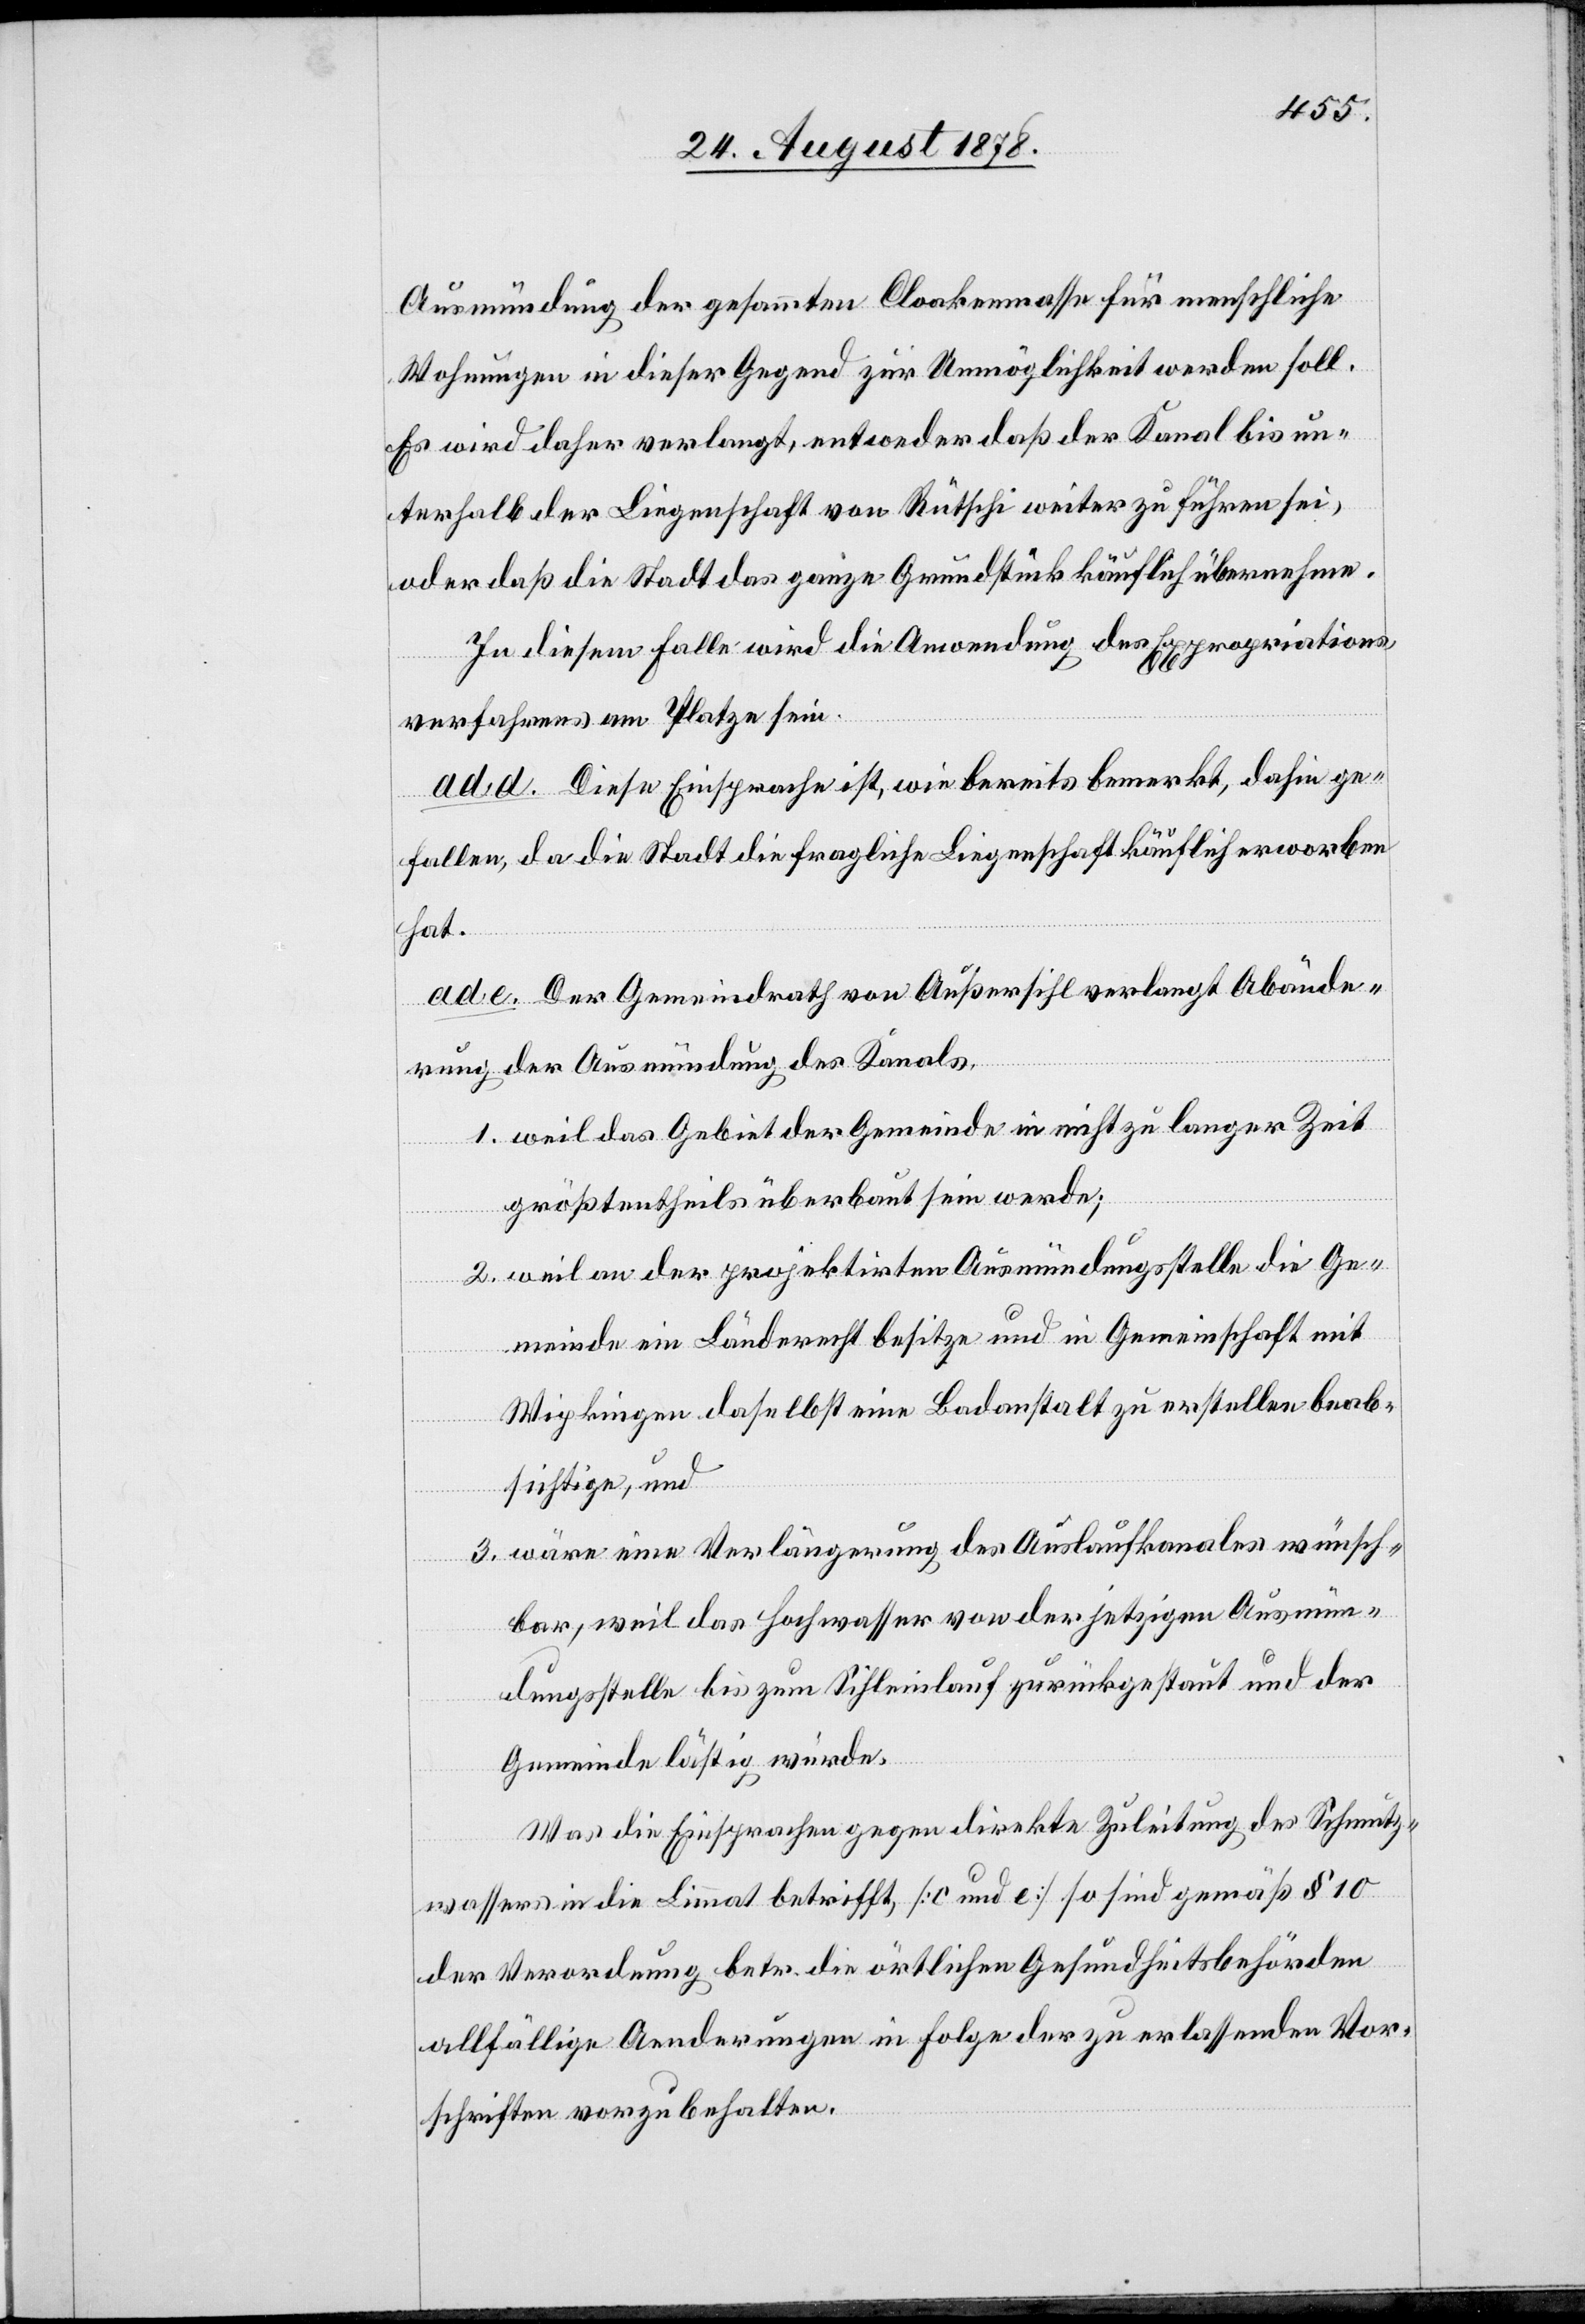
Ausmündung der gesammten Cloakenmasse für menschliche
Wohnungen in dieser Gegend zur Unmöglichkeit werden soll.
Es wird daher verlangt, entweder daß der Kanal bis un¬
terhalb der Liegenschaft von Rütschi weiter zu führen sei,
oder daß die Stadt das ganze Grundstück käuflich übernehme.
In diesem Falle wird die Anwendung des Expropriations¬
verfahrens am Platze sein.
ad d. Diese Einsprache ist, wie bereits bemerkt, dahin ge¬
fallen, da die Stadt die fragliche Liegenschaft käuflich erworben
hat.
ad e. Der Gemeindrath von Außersihl verlangt Abände¬
rung der Ausmündung des Kanals,
1. weil das Gebiet der Gemeinde in nicht zu langer Zeit
größtentheils überbaut sein werde;
2. weil an der projektirten Ausmündungsstelle die Ge¬
meinde ein Länderecht besitze und in Gemeinschaft mit
Wipkingen daselbst eine Badanstalt zu erstellen beab¬
sichtige, und
3. wäre eine Verlängerung des Auslaufkanales wünsch¬
bar, weil das Hochwasser von der jetzigen Ausmün¬
dungsstelle bis zum Sihleinlauf zurückgestaut und der
Gemeinde lästig würde.
Was die Einsprachen gegen direkte Zuleitung des Schmutz¬
wassers in die Limmat betrifft, [c und e] so sind gemäß § 10
der Verordnung betr. die örtlichen Gesundheitsbehörden
allfällige Aenderungen in Folge der zu erlassenden Vor¬
schriften vorzubehalten.